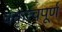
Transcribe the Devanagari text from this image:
वक्तृत्वपूर्ण